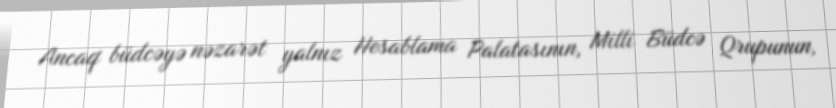
Ancaq büdcəyə nəzarət yalnız Hesablama Palatasının, Milli Büdcə Qrupunun,